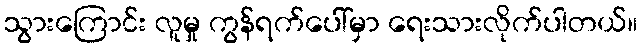
သွားကြောင်း လူမှု ကွန်ရက်ပေါ်မှာ ရေးသားလိုက်ပါတယ်။